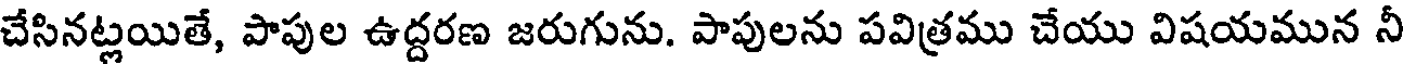
చేసినట్లయితే, పాపుల ఉద్దరణ జరుగును. పాపులను పవిత్రము చేయు విషయమున నీ